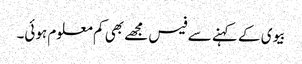
بیوی کے کہنے سے فیس مجھے بھی کم معلوم ہوئی۔